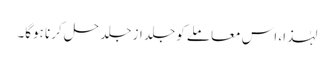
لہٰذا، اس معاملے کو جلد از جلد حل کرنا ہوگا۔